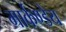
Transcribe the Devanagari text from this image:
मार्कण्‍डेय